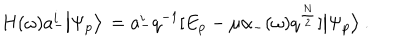
H ( \omega ) a _ { - } ^ { i } \big | \Psi _ { p } \big > \, = a _ { - } ^ { i } q ^ { - 1 } [ E _ { p } - \mu \alpha _ { - } ( \omega ) q ^ { \frac { N } { 2 } } ] \big | \Psi _ { p } \big > \ .